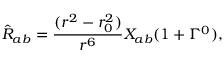
\hat { R } _ { a b } = \frac { ( r ^ { 2 } - r _ { 0 } ^ { 2 } ) } { r ^ { 6 } } X _ { a b } ( 1 + \Gamma ^ { 0 } ) ,